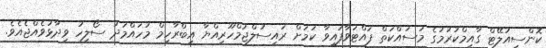
ކޮންސިއުލޭޓް ގާއިމްކުރުމުގެ މަސައްކަތް ފައްޓަވާފައިވާ ކަމަށް ރައިސުލްޖުމްހޫރިއްޔާ އިބްރާހިމް މުހައްމަދު ސޯލިހު ވިދާޅުވެއްޖެއެވެ.